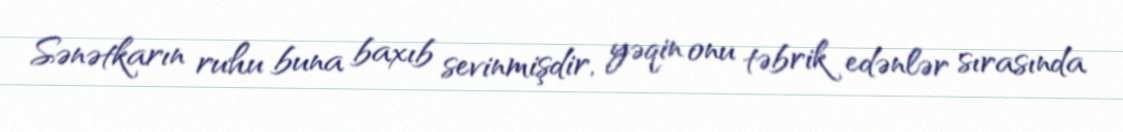
Sənətkarın ruhu buna baxıb sevinmişdir, yəqin onu təbrik edənlər sırasında